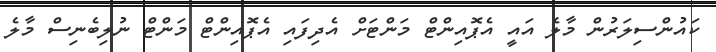
ކައުންސިލަރުން މާލެ އައީ އެޕޮއިންޓް މަންޓަށް އެދިފައި އެޕޮއިންޓް މަންޓް ނުލިބެނިސް މާލެ